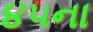
૪૫ના